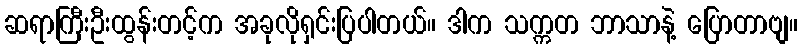
ဆရာကြီးဦးထွန်းတင့်က အခုလိုရှင်းပြပါတယ်။ ဒါက သက္ကတ ဘာသာနဲ့ ပြောတာဗျ။